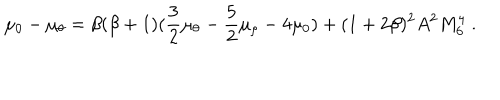
LaTeX: \mu _ { 0 } - \mu _ { \theta } = \beta ( \beta + 1 ) ( \frac { 3 } { 2 } \mu _ { \theta } - \frac { 5 } { 2 } \mu _ { \rho } - 4 \mu _ { 0 } ) + ( 1 + 2 \beta ) ^ { 2 } A ^ { 2 } M _ { 6 } ^ { 4 } ~ .